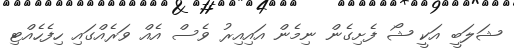
ޝަލަބީ އަކީ ޝޯ ފެށިގެން ނިމެން އައިއިރު ވެސް އެއް ވަރެއްގައި ހިފެހެއްޓި